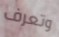
وتعرف